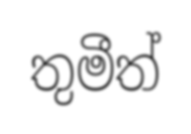
තුමීත්